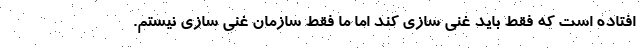
افتاده است که فقط باید غنی سازی کند اما ما فقط سازمان غنی سازی نیستم.